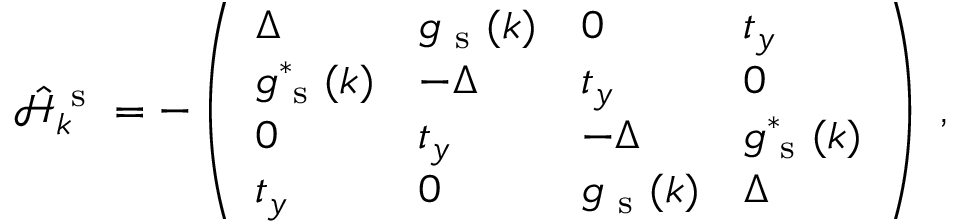
\hat { \mathcal { H } } _ { k } ^ { \mathrm { ~ s ~ } } = - \left( \begin{array} { l l l l } { \Delta } & { g _ { \mathrm { ~ s ~ } } ( k ) } & { 0 } & { t _ { y } } \\ { g _ { \mathrm { ~ s ~ } } ^ { * } ( k ) } & { - \Delta } & { t _ { y } } & { 0 } \\ { 0 } & { t _ { y } } & { - \Delta } & { g _ { \mathrm { ~ s ~ } } ^ { * } ( k ) } \\ { t _ { y } } & { 0 } & { g _ { \mathrm { ~ s ~ } } ( k ) } & { \Delta } \end{array} \right) \mathrm { ~ , ~ }